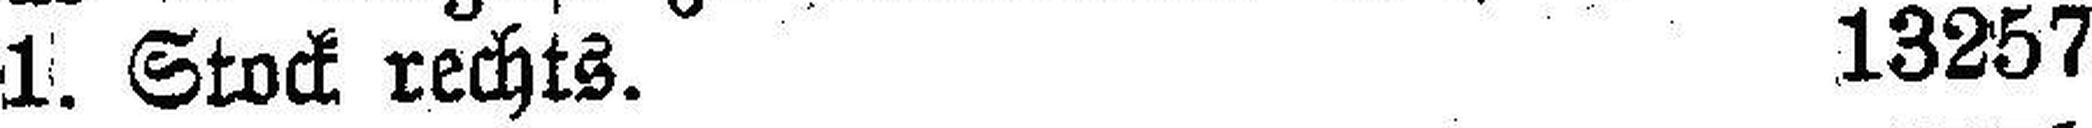
1. Stock rechts. 13257